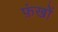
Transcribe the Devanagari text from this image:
फ़ंखों